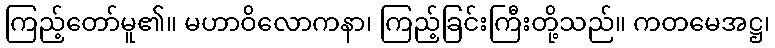
ကြည့်တော်မူ၏။ မဟာဝိလောကနာ၊ ကြည့်ခြင်းကြီးတို့သည်။ ကတမေအဋ္ဌ၊